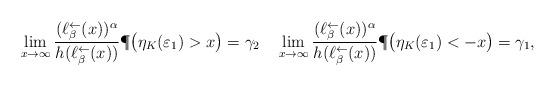
LaTeX: \begin{align*} \lim\limits_{x\to\infty} \frac{(\ell^{\leftarrow}_{\beta}(x))^{\alpha}}{h(\ell^{\leftarrow}_{\beta}(x))}\P\big(\eta_K(\varepsilon_1)>x\big)=\gamma_2\quad\lim\limits_{x\to\infty} \frac{(\ell^{\leftarrow}_{\beta}(x))^{\alpha}}{h(\ell^{\leftarrow}_{\beta}(x))}\P\big(\eta_K(\varepsilon_1)<-x\big)=\gamma_1,\end{align*}